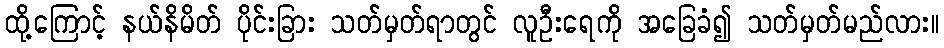
ထို့ကြောင့် နယ်နိမိတ် ပိုင်းခြား သတ်မှတ်ရာတွင် လူဦးရေကို အခြေခံ၍ သတ်မှတ်မည်လား။